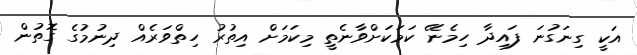
އަކީ ގިނަގުނަ ފައިދާ ހިމެނޭ ކަމަކަށްވާނެތީ މިކަމަށް އިތުރު ހިތްވަރެއް ދިނުމުގެ ގޮތުން